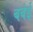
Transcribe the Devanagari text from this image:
बबंई